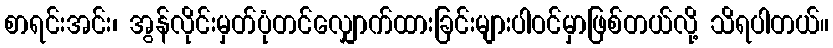
စာရင်းအင်း၊ အွန်လိုင်းမှတ်ပုံတင်လျှောက်ထားခြင်းများပါဝင်မှာဖြစ်တယ်လို့ သိရပါတယ်။